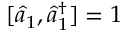
[ \hat { a } _ { 1 } , \hat { a } _ { 1 } ^ { \dagger } ] = 1